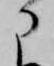
に